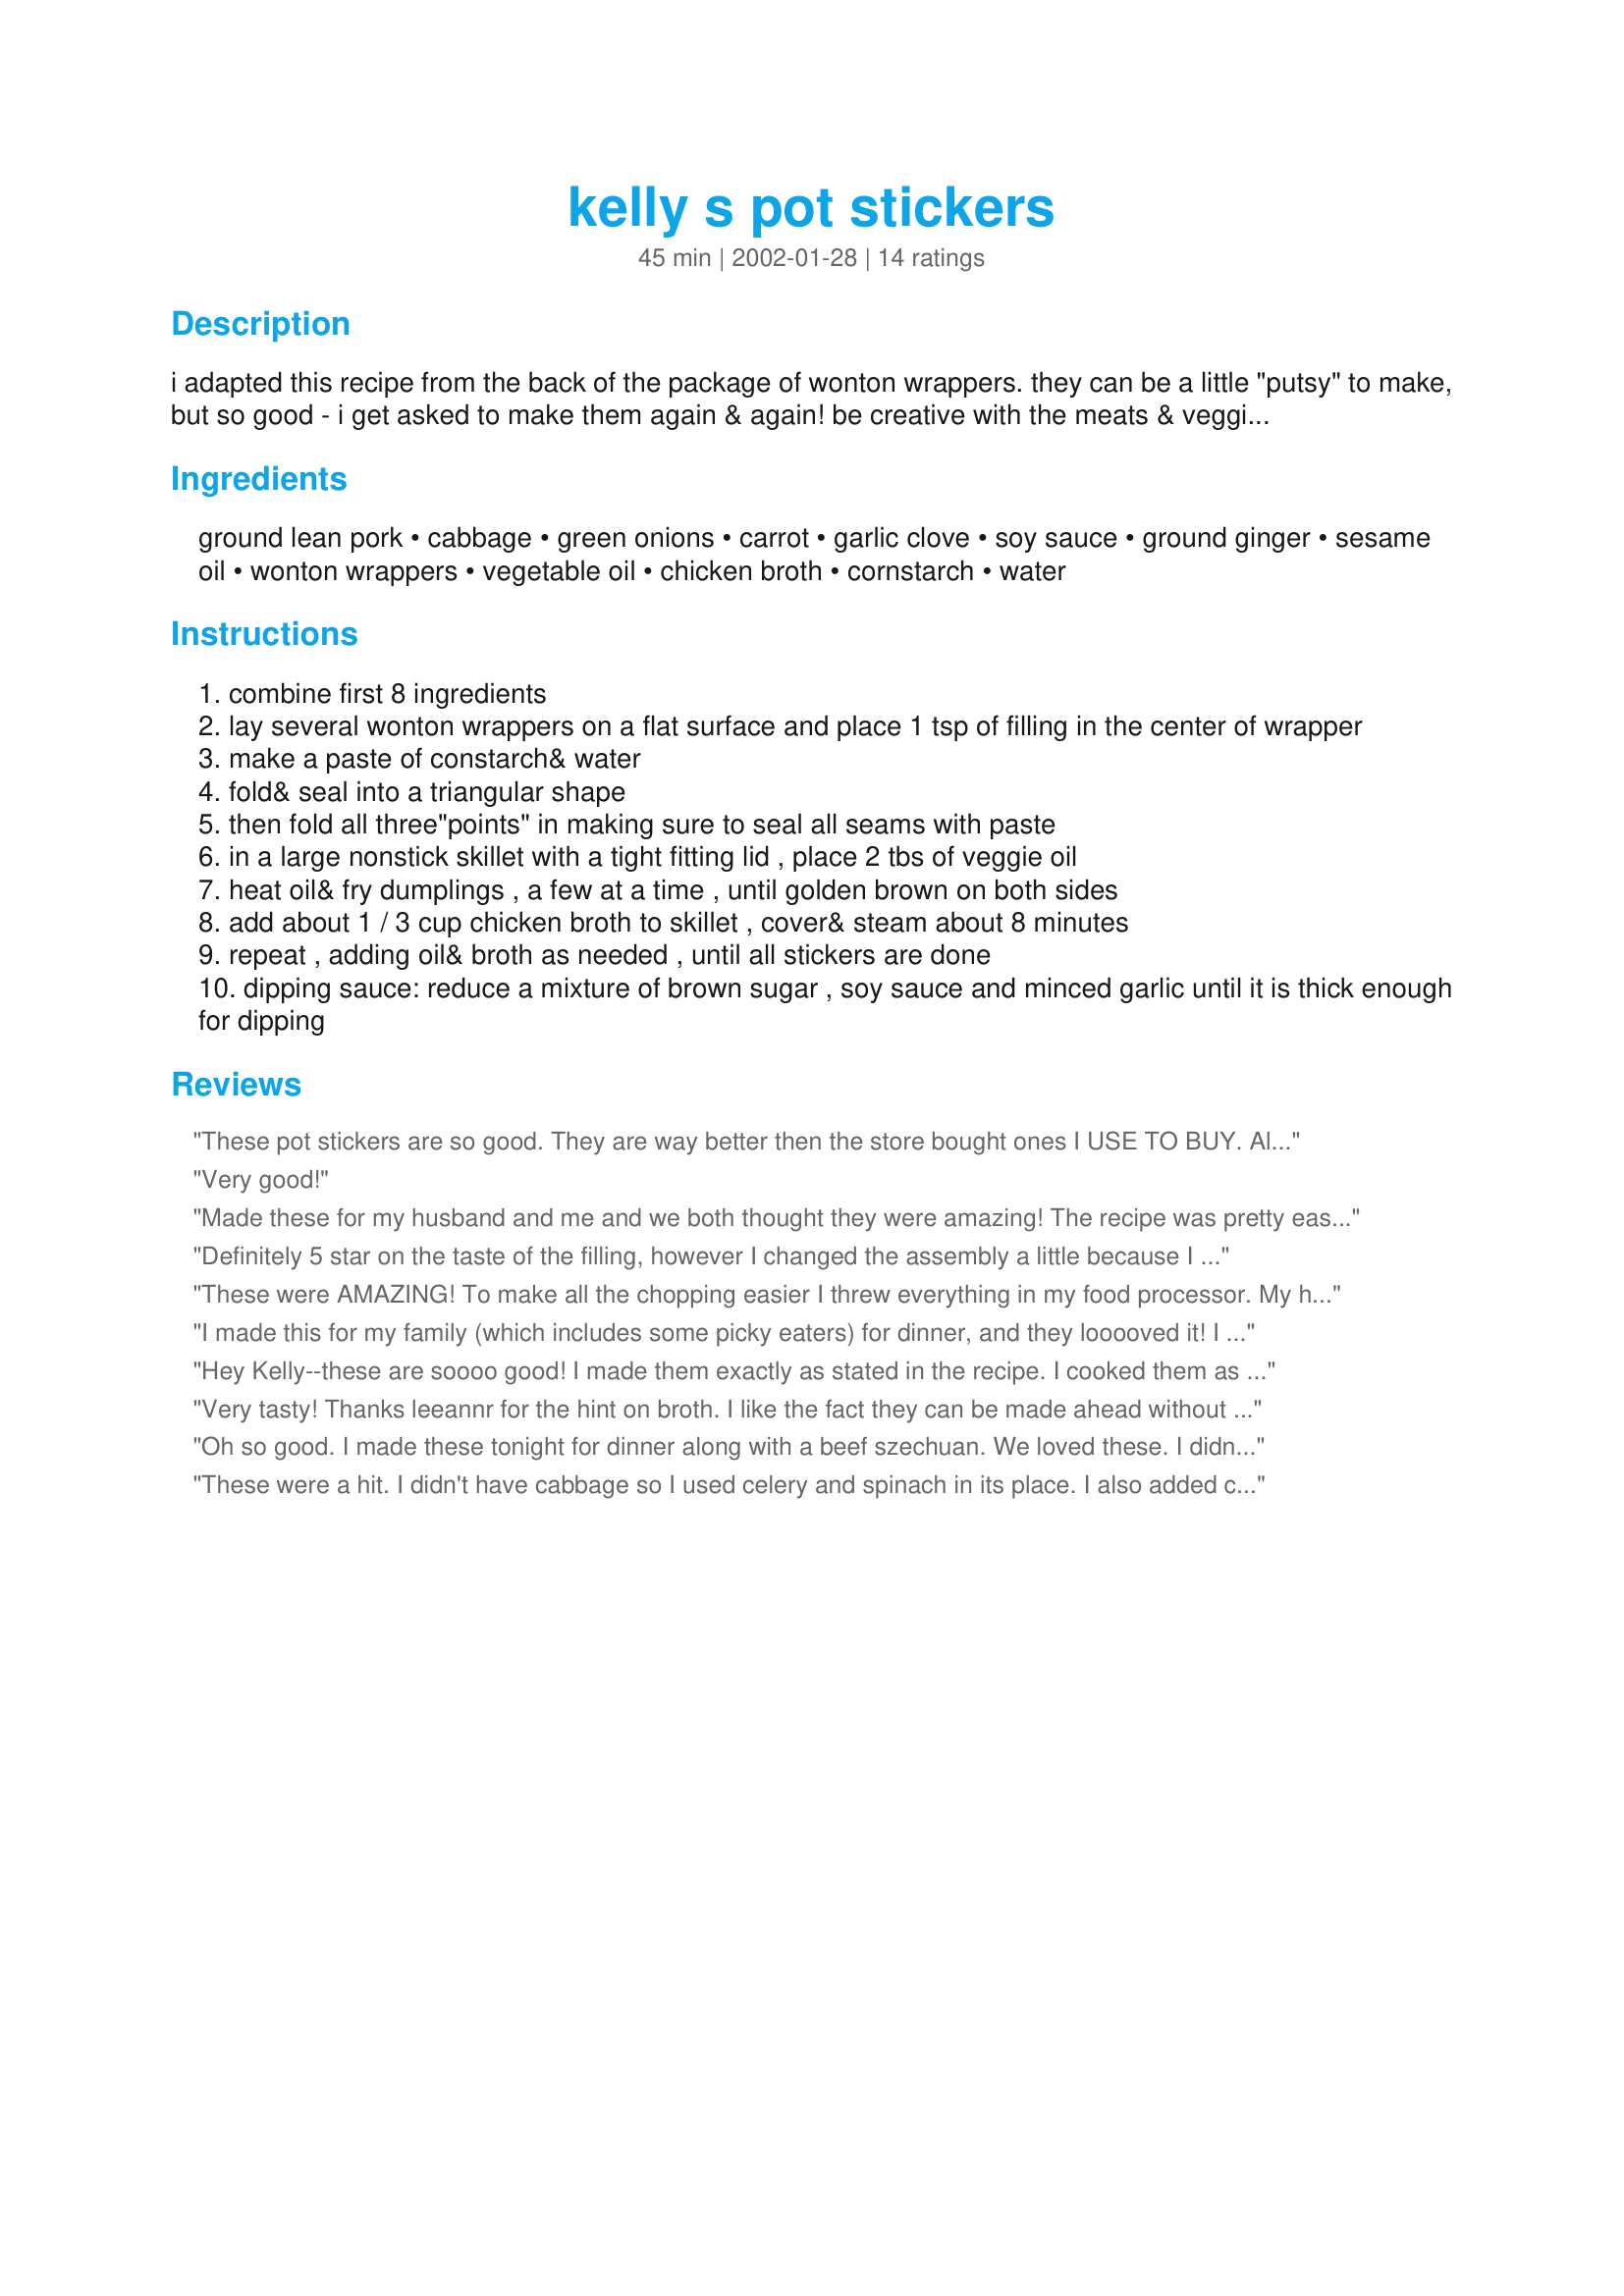
kelly s pot stickers
Preparation time: 45 minutes

i adapted this recipe from the back of the package of wonton wrappers. they can be a little "putsy" to make, but so good - i get asked to make them again & again! be creative with the meats & veggies - chicken or shrimp will work. add any other firm veggies you have on hand - celery, beans sprouts, water chestnuts, etc. you can make these ahead & just reheat for guests. enjoy!!!

Ingredients:
ground lean pork, cabbage, green onions, carrot, garlic clove, soy sauce, ground ginger, sesame oil, wonton wrappers, vegetable oil, chicken broth, cornstarch, water

Steps:
combine first 8 ingredients
lay several wonton wrappers on a flat surface and place 1 tsp of filling in the center of wrapper
make a paste of constarch& water
fold& seal into a triangular shape
then fold all three"points" in making sure to seal all seams with paste
in a large nonstick skillet with a tight fitting lid , place 2 tbs of veggie oil
heat oil& fry dumplings , a few at a time , until golden brown on both sides
add about 1 / 3 cup chicken broth to skillet , cover& steam about 8 minutes
repeat , adding oil& broth as needed , until all stickers are done
dipping sauce: reduce a mixture of brown sugar , soy sauce and minced garlic until it is thick enough for dipping

Reviews:
These pot stickers are so good. They are way better then the store bought ones I USE TO BUY. All thou I don't get them boiled the way the chef's at the China Restaurant in town can. So I'll just have to keep making this until I get it right. I doubled the recipe and got 65 wontons. The other thing I did different was to use one tablespoon of fresh minced ginger. I'm so glad I did that, as I feel you get a much fresher taste then with the ground ginger. Thank you for sharing, I'll never buy a store bought one again!
Very good!
Made these for my husband and me and we both thought they were amazing! The recipe was pretty easy (however, a little time consuming) and it called for ingredients that I always have on hand. The filling would also be good in fried wontons!
I also froze part of the batch. I put the stickers on a cookie sheet and place in the freezer until frozen through. Then put them in a freezer bag to use later.
Definitely 5 star on the taste of the filling, however I changed the assembly a little because I was short on time. I guess they no longer qualified as pot stickers then, but were more like baked rangoon. I browned the pork and put all the veggies in the food processor. Made prep very quick & easy! I then used my mini muffin pan and put a won ton wrapper in each hole and put a teaspoon-full of the mix in each one. I wet my fingers and pinch some of the corners together. I baked them at 350 for 18 minutes. We dipped them in a Pacific Fusion sauce I bought in a jar and they were awesome! I liked that they are baked and not fried for health reasons!
These were AMAZING! To make all the chopping easier I threw everything in my food processor. My husband and I worked together to stuff the wrappers and it didn't take us long at all. They are even better the next day! We will make these again very soon!
I made this for my family (which includes some picky eaters) for dinner, and they looooved it! I have to say, they did take a little longer to make than I expected though. I used multiple frying pans to speed up the cooking process. I didn't make the sauce but just dipped the pot stickers in regular soy sauce instead. Yummy!
Hey Kelly--these are soooo good! I made them exactly as stated in the recipe. I cooked them as you described, with only one minor problem. I used a 12 inch skillet, and the 1/3 cup of broth wasn't enough to last the 8 minutes for steaming, so my first few got a bit dark, but STILL delicious(like I was going to waste them, lol!). So for the next batch, I used 2/3 cup of broth, and they were perfect! The filling is spectacular and very easy to put together. I used the cole slaw mix from the produce dept to save time on shredding cabbage, and left out any pieces that may have been too big--this worked perfectly. You can bet I'll be making these again and again. I can see why you get requests for them! Thanks Kelly! :)
Very tasty! Thanks leeannr for the hint on broth. I like the fact they can be made ahead without loosing much flavor. This will definitely be a keeper for me. Thank you Kelly! glitter
Oh so good. I made these tonight for dinner along with a beef szechuan. We loved these. I didn't make the sauce, as my kids like to dip them in sweet and sour sauce. thank you so much for sharing your recipe with us, I will be making these again.
These were a hit. I didn't have cabbage so I used celery and spinach in its place. I also added cooked chicken and a bit of worchestershire sauce. I just used water to seal the edges and it turned out just fine. I had trouble remembering to turn the heat down when I added the chicken broth. We will be making these again-I'd like to try it just as posted.
These are very good. I tasted them at the home of "the chef". Of couse, when I made them they weren't as good, but I'll keep practicing. :) They are best warm dipped in a brown sugar/soy sauce dip, but they are good cold also.
KeyWee, these were absolutely wonderful! The taste was outstanding! It was, however, a little labor intensive. I did not shape them into the diaper shape as they should be, but used my little plastic former, which helped me tremendously. But the labor was worth it! Will have it again, with shrimp and bean sprouts I think. Thanks for posting!
First time I ever made this. I doubled the recipe but it still made only a little more than 50 appetizers. Also like "ciao" I had to add more broth to steam them the 8 minutes. They were delicious and I know I'll be making them again and again. Thanks KeyWee
These are very easy & good to make. I love them and will be making them for a lifetime!
